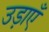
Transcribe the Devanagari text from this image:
उड़ाएँ